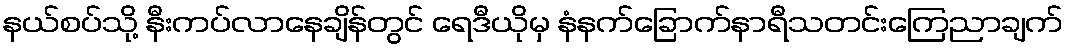
နယ်စပ်သို့ နီးကပ်လာနေချိန်တွင် ရေဒီယိုမှ နံနက်ခြောက်နာရီသတင်းကြေညာချက်